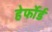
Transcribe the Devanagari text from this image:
हेर्फोर्ड